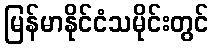
မြန်မာနိုင်ငံသမိုင်းတွင်